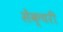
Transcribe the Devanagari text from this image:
सेंक्चरी